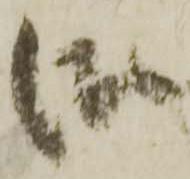
御